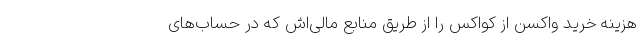
هزینه خرید واکسن از کواکس را از طریق منابع مالی‌اش که در حساب‌های